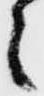
之